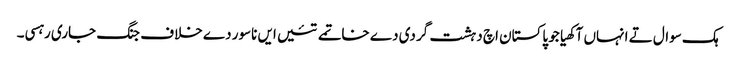
ہک سوال تے انہاں آکھیا جو پاکستان اچ دہشت گردی دے خاتمے تئیں ایں ناسور دے خلاف جنگ جاری رہسی۔